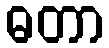
ဓတာ